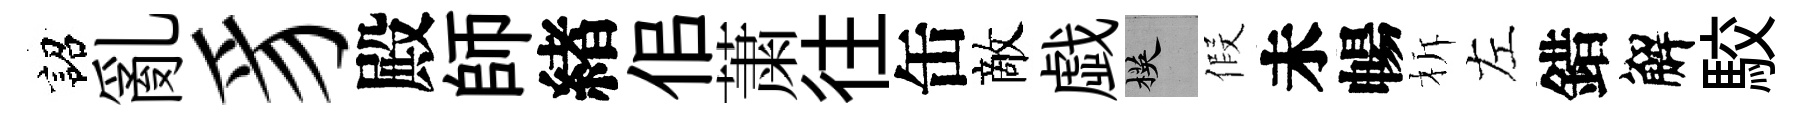
詔亂豸殿師緖佀䔥往缶敵戯楧假未暢柝左錯解駮